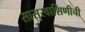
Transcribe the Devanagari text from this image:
सासुरवाशिणीची